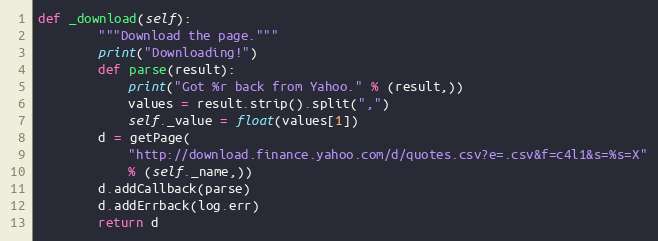
Language: Python
def _download(self):
        """Download the page."""
        print("Downloading!")
        def parse(result):
            print("Got %r back from Yahoo." % (result,))
            values = result.strip().split(",")
            self._value = float(values[1])
        d = getPage(
            "http://download.finance.yahoo.com/d/quotes.csv?e=.csv&f=c4l1&s=%s=X"
            % (self._name,))
        d.addCallback(parse)
        d.addErrback(log.err)
        return d